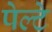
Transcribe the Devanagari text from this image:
पेल्टे